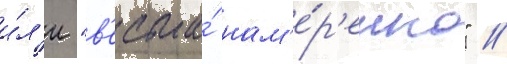
и́л'и "в'есьма́ нам'е́р'енно" //